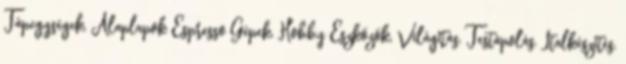
Tápegységek, Alaplapok Espresso Gépek, Hobby Eszközök, Világítás, Testápolás, Italkészítés,